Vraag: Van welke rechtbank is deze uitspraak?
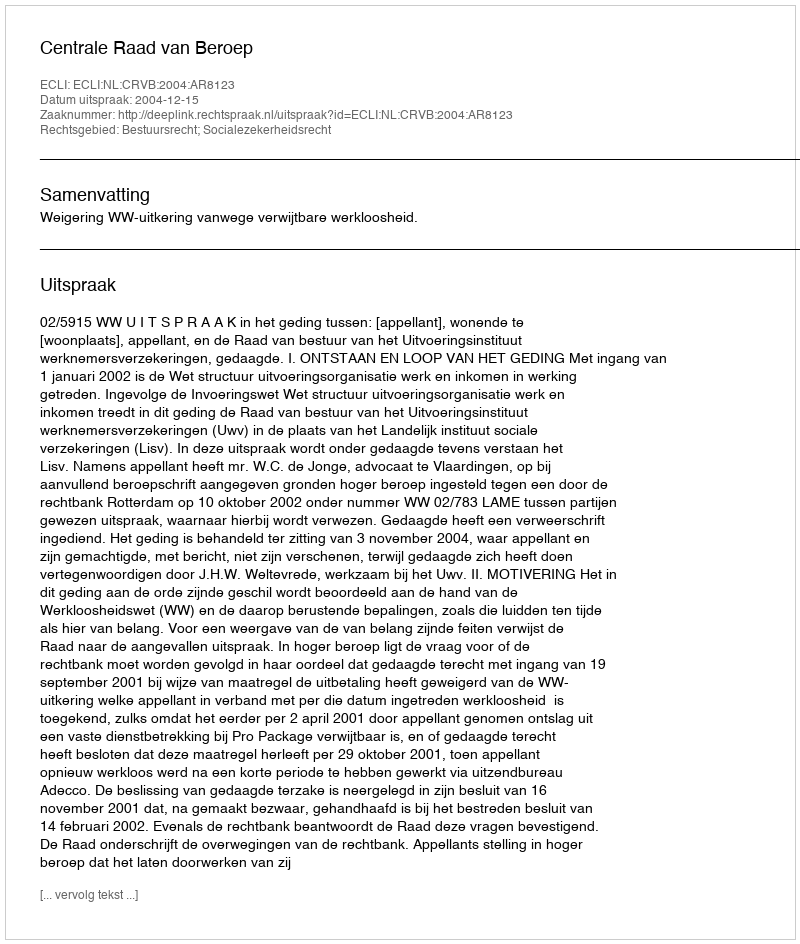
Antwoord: Centrale Raad van Beroep